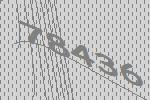
78436